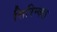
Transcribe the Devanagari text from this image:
सिरिन्क्स